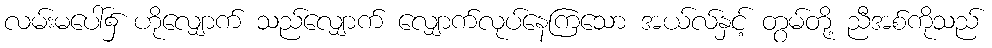
လမ်းမပေါ်၌ ဟိုလျှောက် သည်လျှောက် လျှောက်လုပ်နေကြသော အယ်လ်နှင့် တွမ်တို့ ညီအစ်ကိုသည်